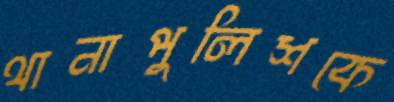
থানাপুলিশকে